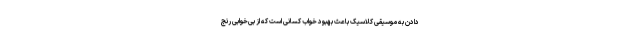
دادن به موسیقی کلاسیک باعث بهبود خواب کسانی است که از بی‌خوابی رنج